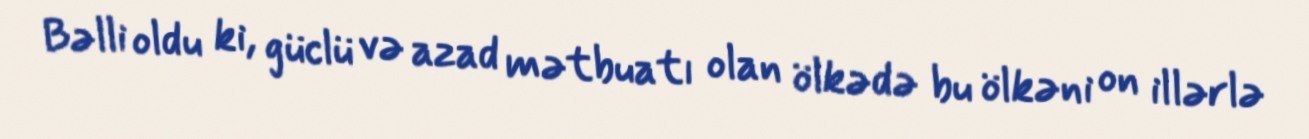
Bəlli oldu ki, güclü və azad mətbuatı olan ölkədə bu ölkəni on illərlə